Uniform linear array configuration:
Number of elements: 12
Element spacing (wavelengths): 1
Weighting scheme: cosine
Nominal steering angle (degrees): -15
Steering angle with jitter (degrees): -13.008
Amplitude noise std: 0.05
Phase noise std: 0.05

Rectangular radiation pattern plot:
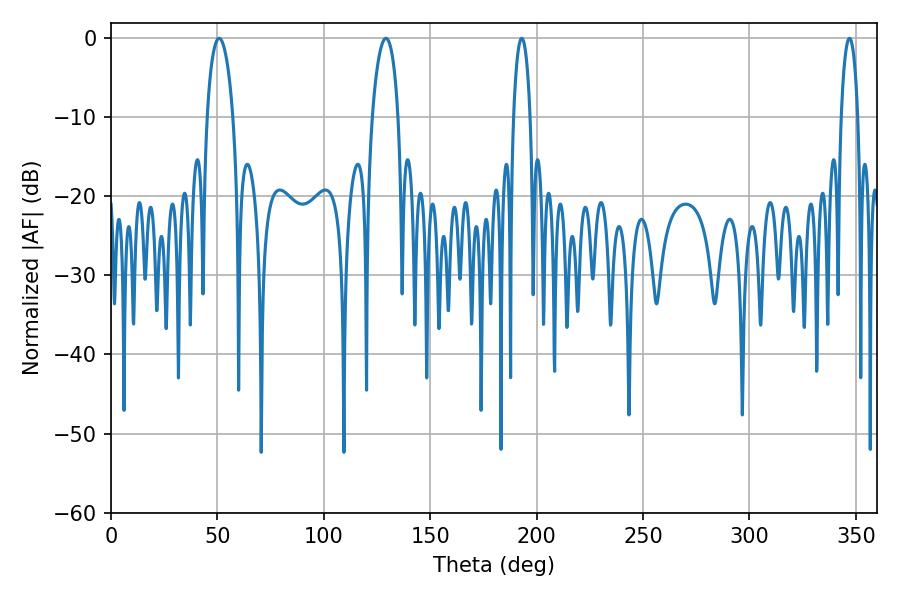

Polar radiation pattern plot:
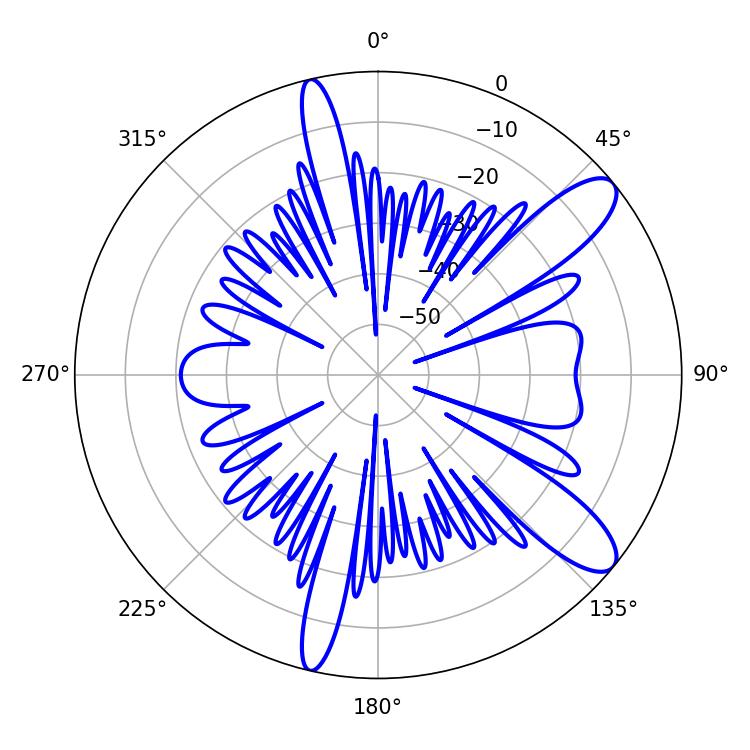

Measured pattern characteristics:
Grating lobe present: TRUE
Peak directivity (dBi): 10.79
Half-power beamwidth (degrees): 6.84
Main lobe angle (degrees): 50.76